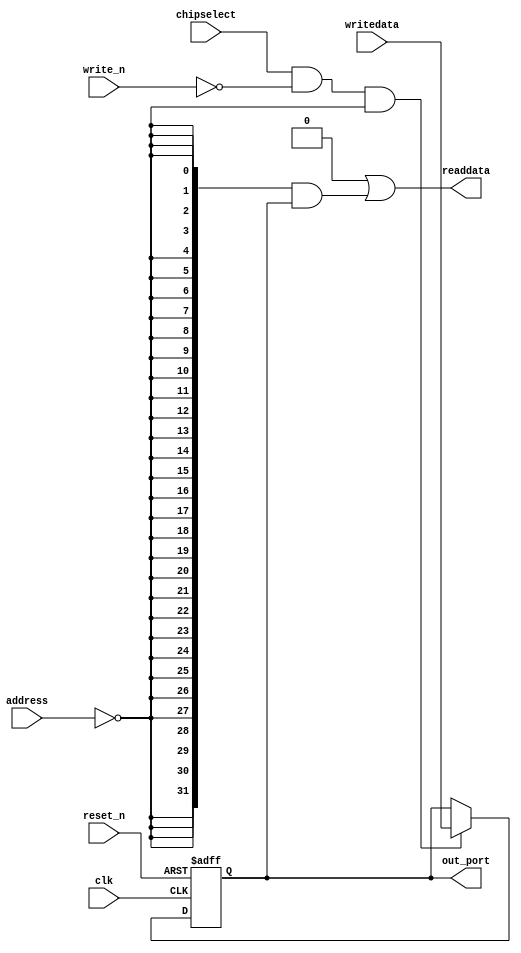
module nios_system_regfile_data (
                                  // inputs:
                                   address,
                                   chipselect,
                                   clk,
                                   reset_n,
                                   write_n,
                                   writedata,

                                  // outputs:
                                   out_port,
                                   readdata
                                )
;

  output  [ 31: 0] out_port;
  output  [ 31: 0] readdata;
  input   [  1: 0] address;
  input            chipselect;
  input            clk;
  input            reset_n;
  input            write_n;
  input   [ 31: 0] writedata;

  wire             clk_en;
  reg     [ 31: 0] data_out;
  wire    [ 31: 0] out_port;
  wire    [ 31: 0] read_mux_out;
  wire    [ 31: 0] readdata;
  assign clk_en = 1;
  //s1, which is an e_avalon_slave
  assign read_mux_out = {32 {(address == 0)}} & data_out;
  always @(posedge clk or negedge reset_n)
    begin
      if (reset_n == 0)
          data_out <= 0;
      else if (chipselect && ~write_n && (address == 0))
          data_out <= writedata[31 : 0];
    end


  assign readdata = {32'b0 | read_mux_out};
  assign out_port = data_out;

endmodule